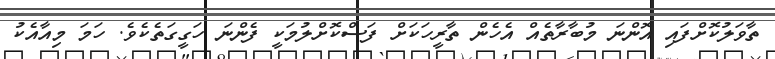
ތާވަލުކޮށްފައި އޮންނަ މުބާރާތެއް އެހެން ތާރީހަކަށް ފަސްކޮށްލުމަކީ ފެންނަ ހަގީގަތެކެވެ. ހަމަ މިއާއެކު